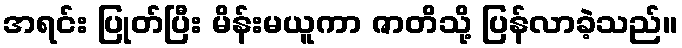
အရင်း ပြုတ်ပြီး မိန်းမယူကာ ဇာတိသို့ ပြန်လာခဲ့သည်။